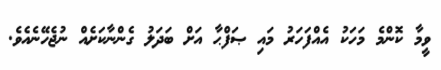
ވީމާ ކޮންމެ މަހަކު އެއްފަހަރު މައި ޞަފްޙާ އަށް ބަދަލު ގެންނާކަށެއް ނުޖެހޭނެއެވެ.